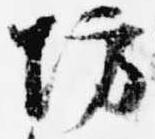
坊